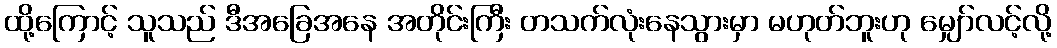
ထို့ကြောင့် သူသည် ဒီအခြေအနေ အတိုင်းကြီး တသက်လုံးနေသွားမှာ မဟုတ်ဘူးဟု မျှော်လင့်လို့